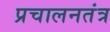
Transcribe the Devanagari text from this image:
प्रचालनतंत्र